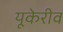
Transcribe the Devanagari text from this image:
यूकेरीव